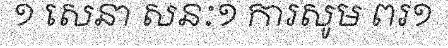
១ សេនា សនៈ១ ការសូម ពរ១